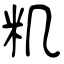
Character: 籶